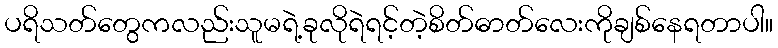
ပရိသတ်တွေကလည်းသူမရဲ့ခုလိုရဲရင့်တဲ့စိတ်ဓာတ်လေးကိုချစ်နေရတာပါ။